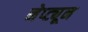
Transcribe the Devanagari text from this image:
नेप्ट्यून